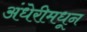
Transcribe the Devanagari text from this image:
अंधेरीमधून